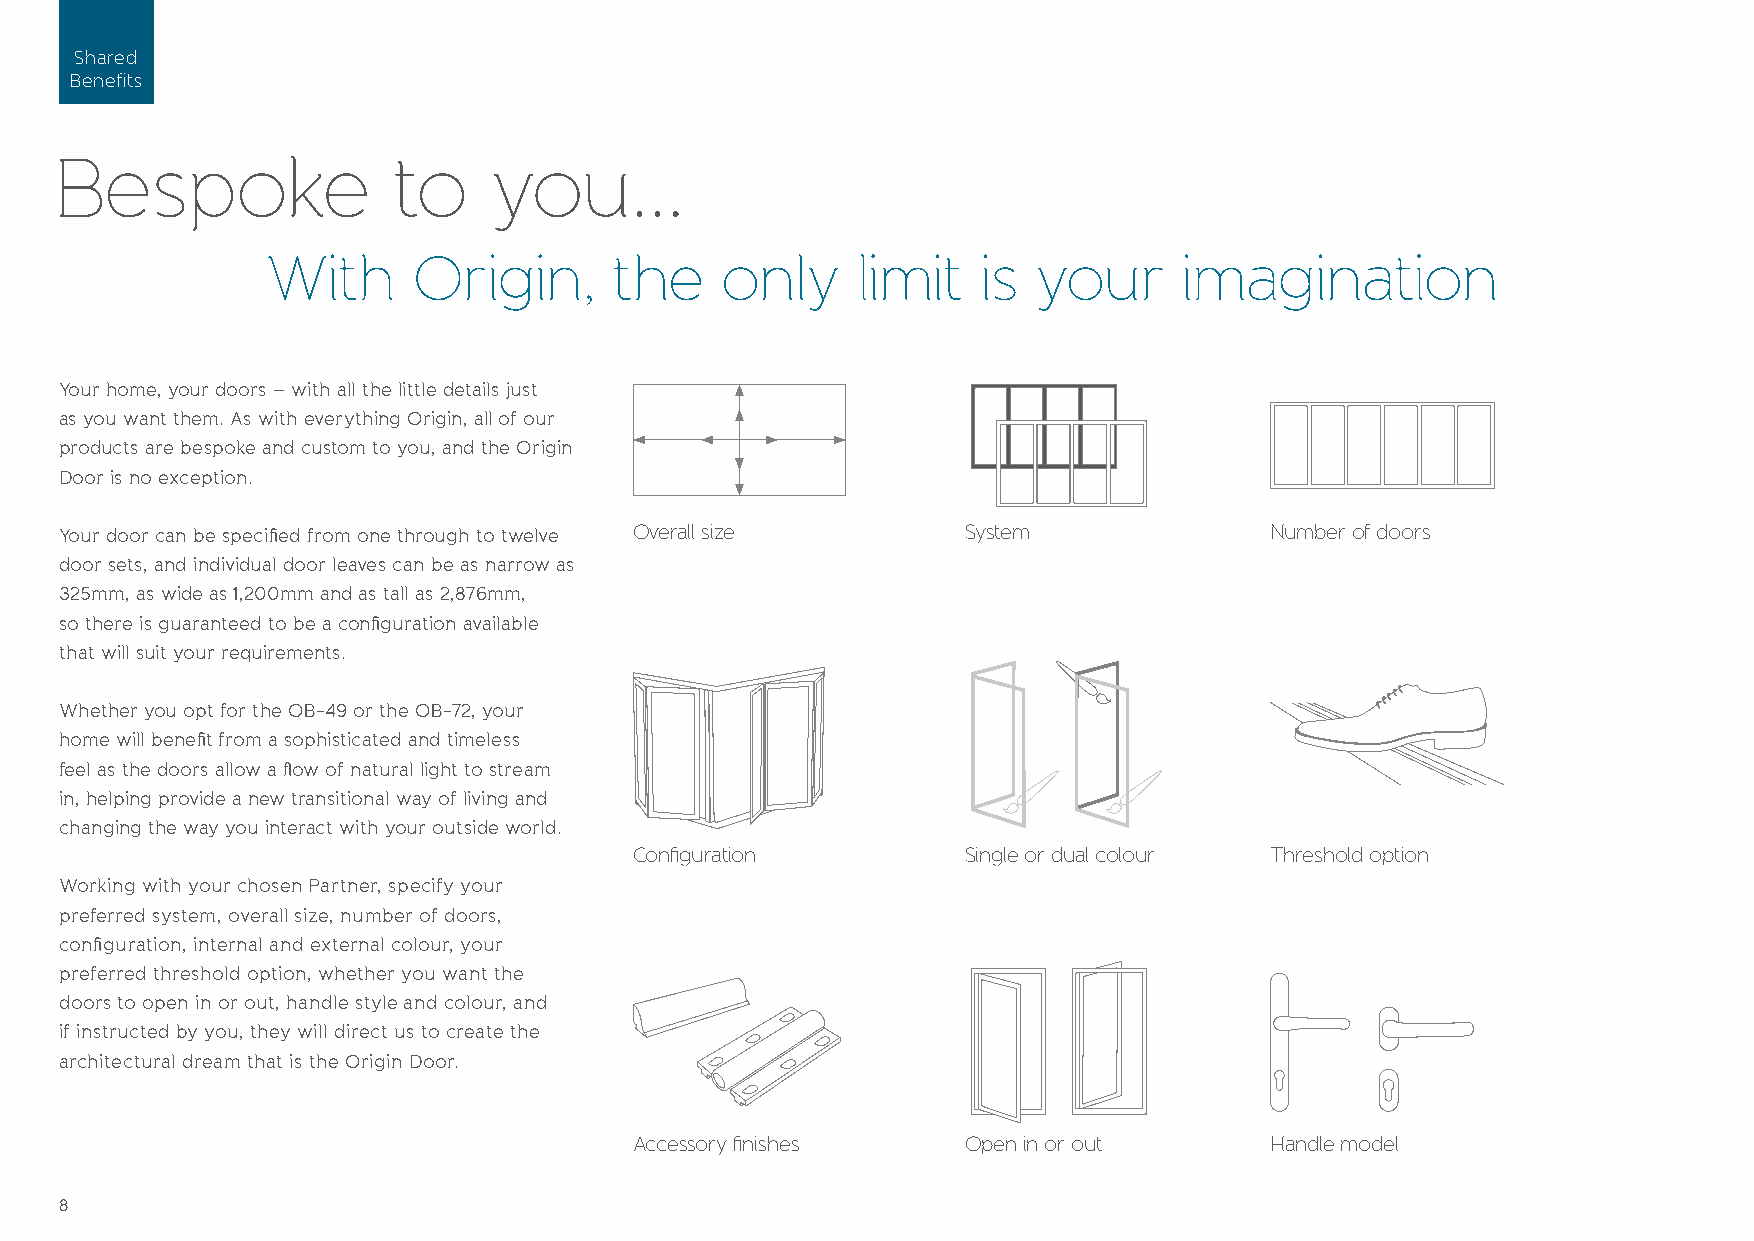
Shared
 Benefits
 Bespoke                to    you...
 With     Origin,       the    only     limit   is  your     imagination
 Your home, your doors – with all the little details just
 as you want them. As with everything Origin, all of our
 products are bespoke and custom to you, and the Origin
 Door is no exception.
 Your door can be specified from one through to twelve Overall size System       Number of doors
 door sets, and individual door leaves can be as narrow as
 325mm, as wide as 1,200mm and as tall as 2,876mm,
 so there is guaranteed to be a configuration available
 that will suit your requirements.
 Whether you opt for the OB-49 or the OB-72, your
 home will benefit from a sophisticated and timeless
 feel as the doors allow a flow of natural light to stream
 in, helping provide a new transitional way of living and
 changing the way you interact with your outside world.
 Configuration         Single or dual colour Threshold option
 Working with your chosen Partner, specify your
 preferred system, overall size, number of doors,
 configuration, internal and external colour, your
 preferred threshold option, whether you want the
 doors to open in or out, handle style and colour, and
 if instructed by you, they will direct us to create the
 architectural dream that is the Origin Door.
 Accessory finishes    Open in or out      Handle model
 8